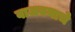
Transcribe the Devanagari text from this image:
वाजवयाचे